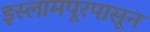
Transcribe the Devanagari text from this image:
इस्लामपूरपासून